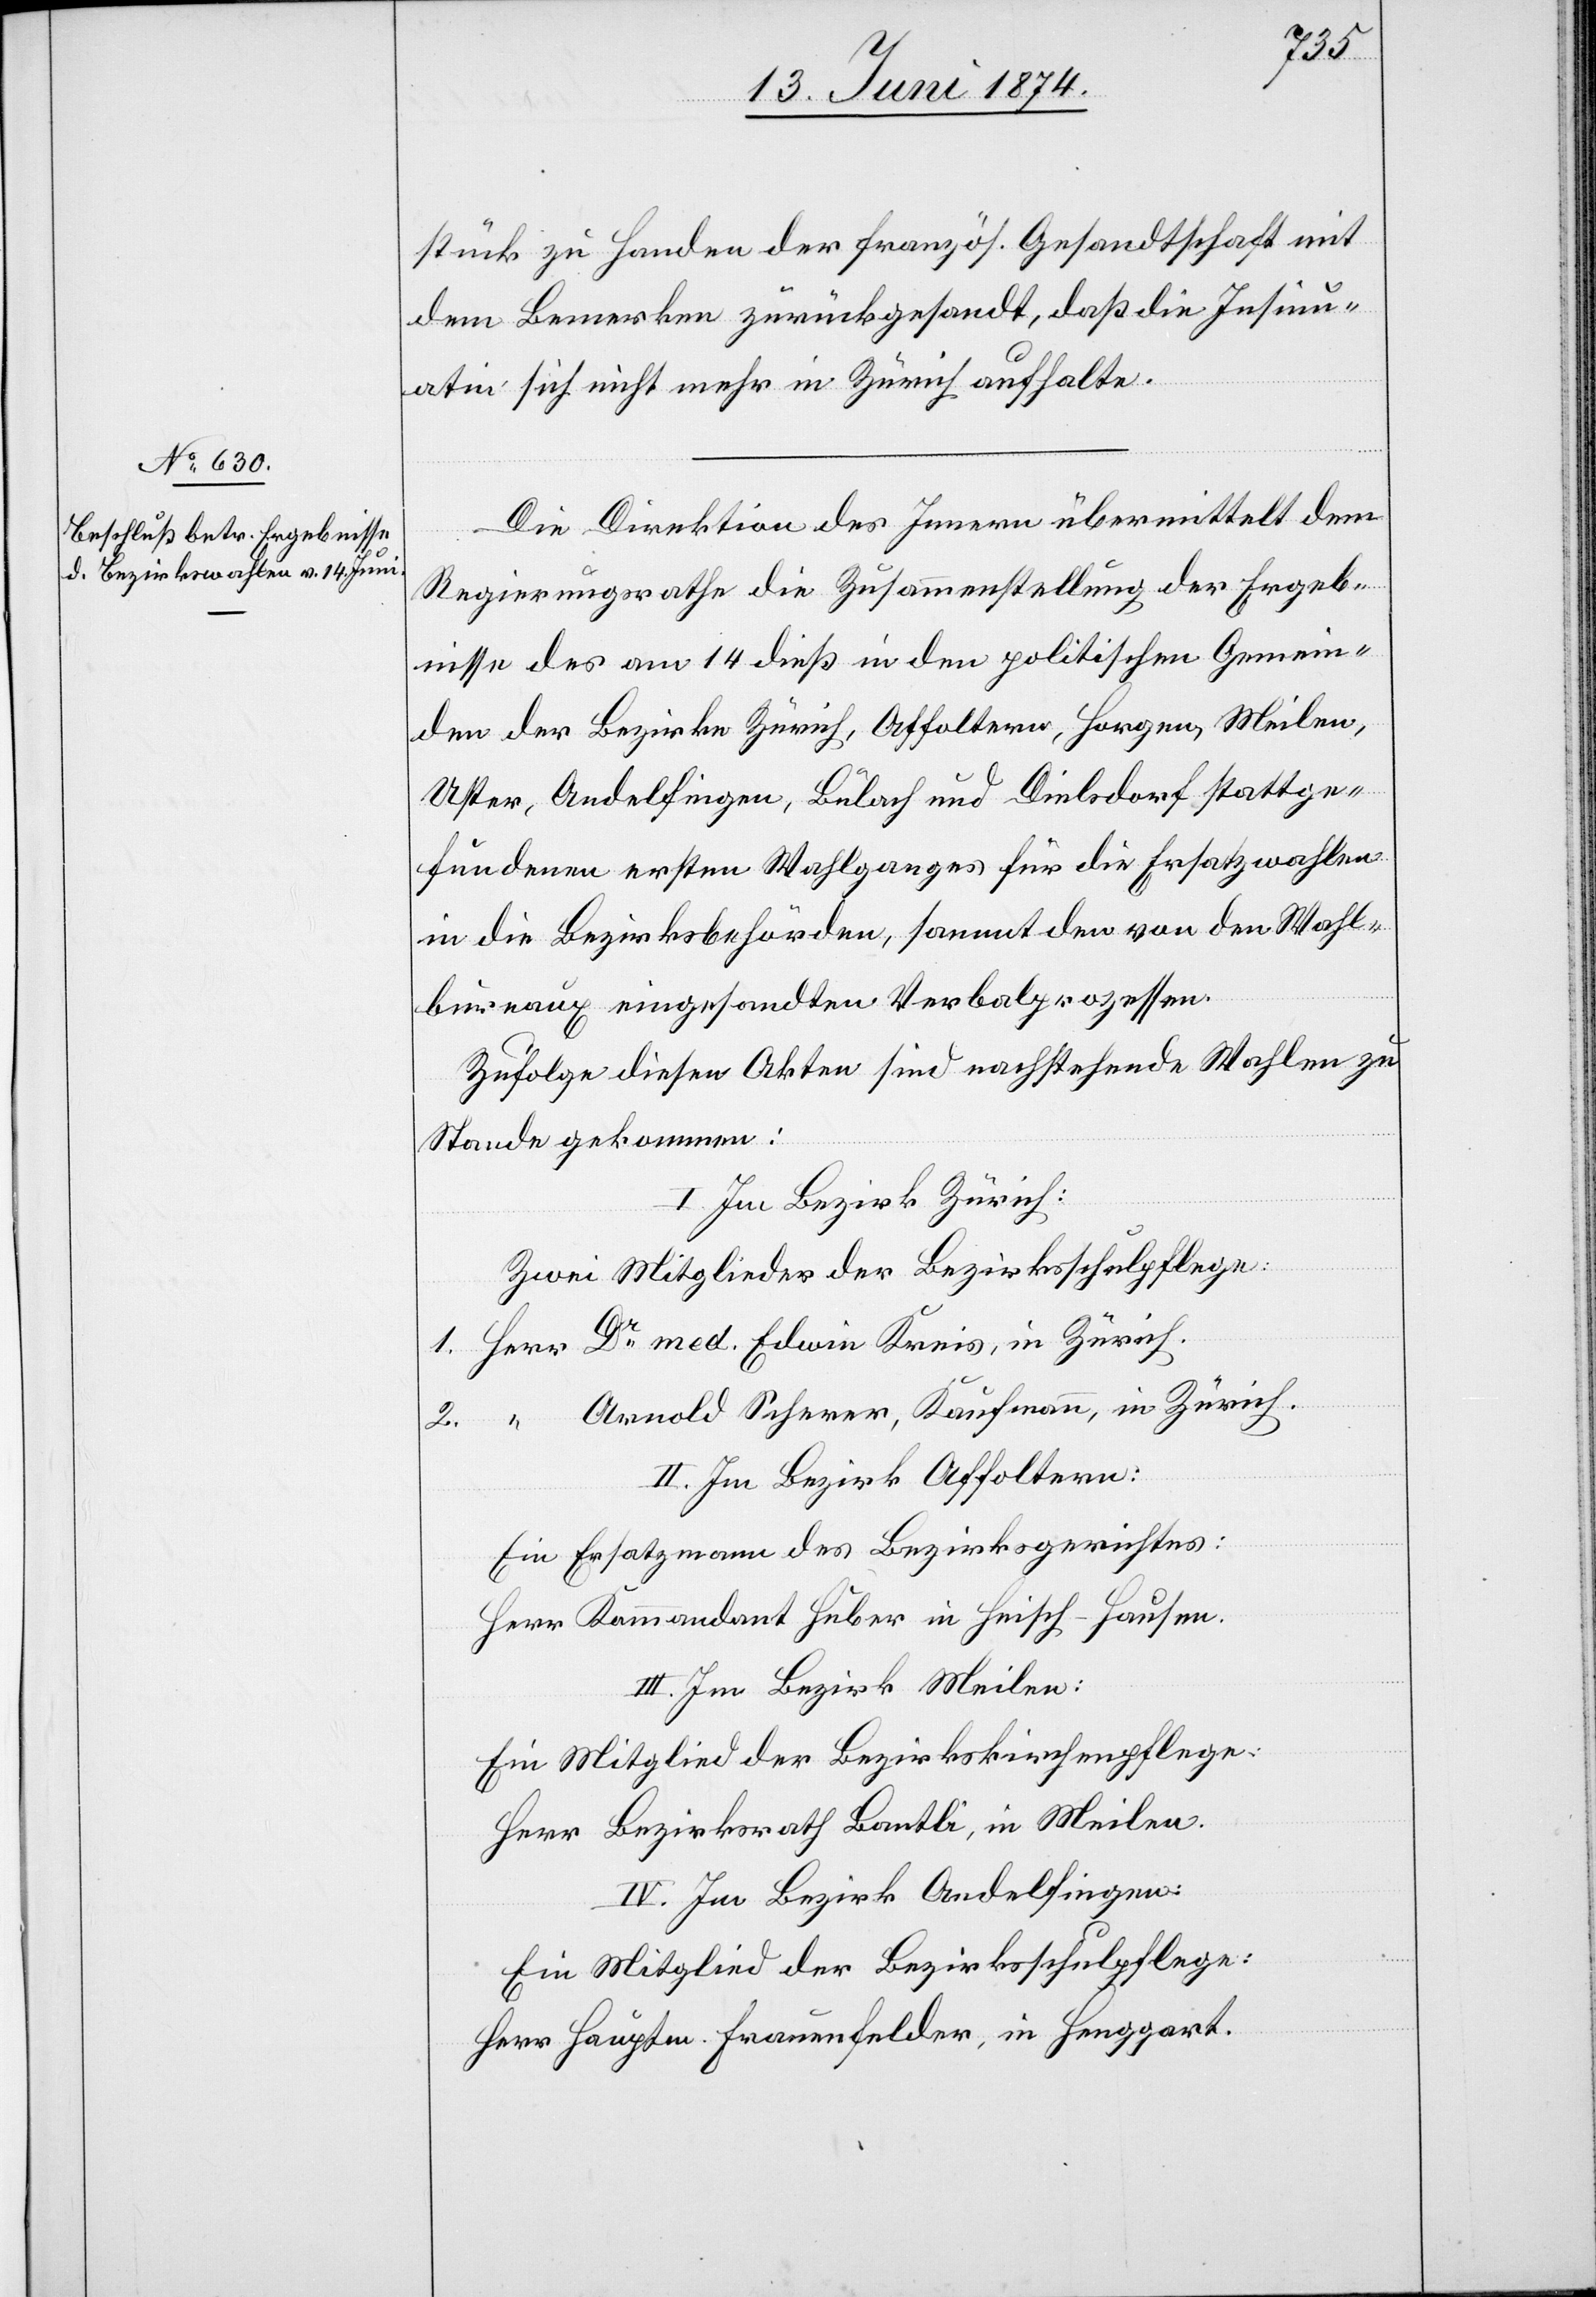
17. Juni 1874.]
stück zu Handen der französ. Gesandtschaft mit
dem Bemerken zurückgesandt, daß die Insinu¬
atin sich nicht mehr in Zürich aufhalte.
Die Direktion des Innern übermittelt dem
Regierungsrathe die Zusammenstellung der Ergeb¬
nisse des am 14. dieß in den politischen Gemein¬
den der Bezirke Zürich, Affoltern, Horgen, Meilen,
Uster, Andelfingen, Bülach und Dielsdorf stattge¬
fundenen ersten Wahlganges für die Ersatzwahlen
in die Bezirksbehörden, sammt den von den Wahl¬
bureaux eingesandten Verbalprozessen.
Zufolge diesen Akten sind nachstehende Wahlen zu
Stande gekommen:
I. Im Bezirk Zürich:
Zwei Mitglieder der Bezirksschulpflege:
1. Herr Dr med. Edwin Kreis, in Zürich.
2. “ Arnold Scherer, Kaufmann, in Zürich.
II. Im Bezirk Affoltern:
Ein Ersatzmann des Bezirksgerichtes:
Herr Kommandant Huber in Heisch-Hausen.
III. Im Bezirk Meilen:
Ein Mitglied der Bezirkskirchenpflege:
Herr Bezirksrath Bantli, in Meilen.
IV. Im Bezirk Andelfingen:
Ein Mitglied der Bezirksschulpflege:
Herr Hauptm. Frauenfelder, in Henggart.